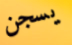
يسجن